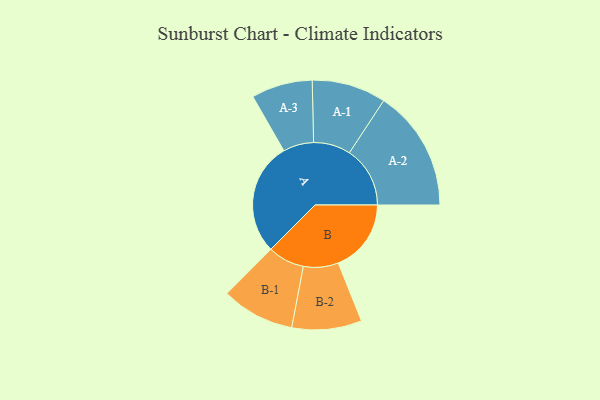
{"axis": {"x": "Segment", "y": "Value"}, "legend": ["", "A", "B"], "data": [{"x": "A", "y": 468, "type": ""}, {"x": "B", "y": 303, "type": ""}, {"x": "A-1", "y": 154, "type": "A"}, {"x": "A-2", "y": 252, "type": "A"}, {"x": "A-3", "y": 127, "type": "A"}, {"x": "B-1", "y": 152, "type": "B"}, {"x": "B-2", "y": 145, "type": "B"}]}